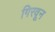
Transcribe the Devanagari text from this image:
गिरवून